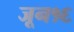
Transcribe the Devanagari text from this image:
जून१६